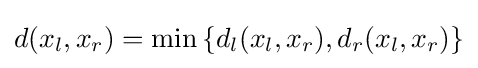
d(x_{l},x_{r})=\min \left\{d_{l}(x_{l},x_{r}),d_{r}(x_{l},x_{r})\right\}